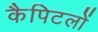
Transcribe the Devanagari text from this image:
कैपिटलों